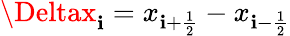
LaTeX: \Deltax_{\mathbf{i}}=x_{\mathbf{i}+\frac{{1}}{{2}}}-x_{\mathbf{i}-\frac{{1}}{{2}}}